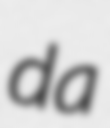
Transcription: da